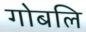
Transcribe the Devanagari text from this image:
गोबलि